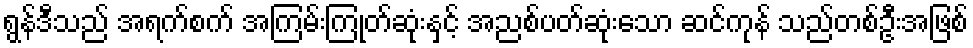
ရွန်ဒီသည် အရက်စက် အကြမ်းကြုတ်ဆုံးနှင့် အညစ်ပတ်ဆုံးသော ဆင်ကုန် သည်တစ်ဦးအဖြစ်